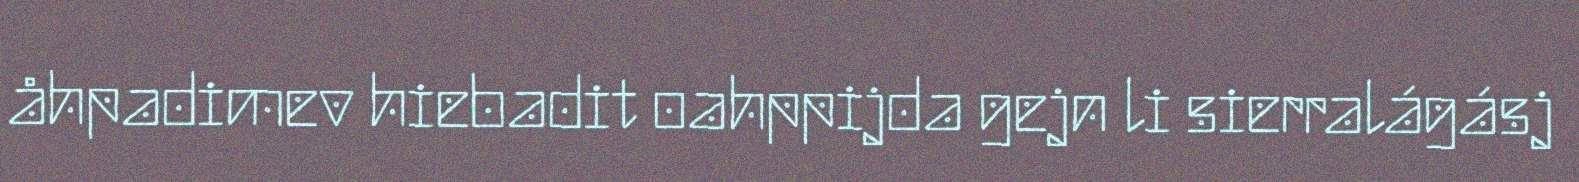
åhpadimev hiebadit oahppijda gejn li sierralágásj